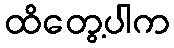
ထိတွေ့ပါက